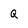
Character: Q